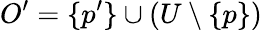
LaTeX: O^{\prime}=\{ p^{\prime}\} \cup(U\setminus\{ p\} )